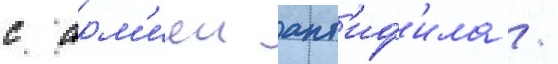
с арм'иеи ант'иф'ила /